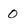
Character: 0